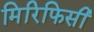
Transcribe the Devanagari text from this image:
मिरिफिसी